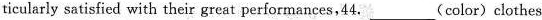
ticularly satisfied with their great performances,44. ___ (color) clothes